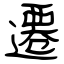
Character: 遷